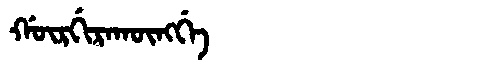
Manchu: ᡤᡡᡵᡤᡳᡵᠠᡴᡡᠩᡤᡝ
Romanization: GŪRGIRAKŪNGGE